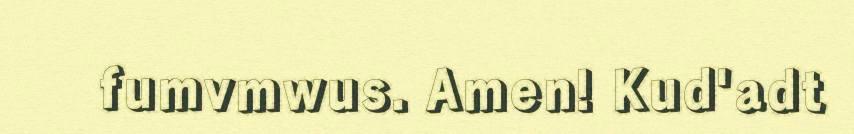
fumvmwus. Amen! Kud'adt